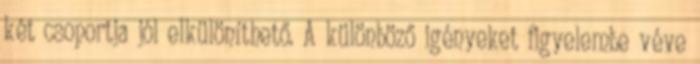
két csoportja jól elkülöníthető. A különböző igényeket figyelembe véve